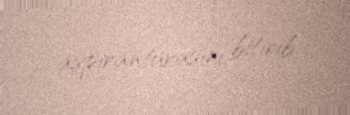
aspiranturasını bitirib.